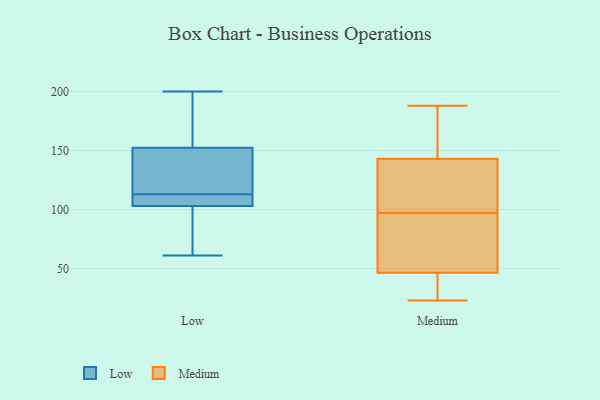
{"axis": {"x": "Website Visitors", "y": "Value"}, "legend": ["Low", "Medium"], "data": [{"x": "", "y": 137, "type": "Low"}, {"x": "", "y": 101, "type": "Low"}, {"x": "", "y": 113, "type": "Low"}, {"x": "", "y": 61, "type": "Low"}, {"x": "", "y": 93, "type": "Low"}, {"x": "", "y": 151, "type": "Low"}, {"x": "", "y": 153, "type": "Low"}, {"x": "", "y": 200, "type": "Low"}, {"x": "", "y": 109, "type": "Low"}, {"x": "", "y": 109, "type": "Low"}, {"x": "", "y": 156, "type": "Low"}, {"x": "", "y": 147, "type": "Medium"}, {"x": "", "y": 85, "type": "Medium"}, {"x": "", "y": 109, "type": "Medium"}, {"x": "", "y": 32, "type": "Medium"}, {"x": "", "y": 142, "type": "Medium"}, {"x": "", "y": 188, "type": "Medium"}, {"x": "", "y": 25, "type": "Medium"}, {"x": "", "y": 61, "type": "Medium"}, {"x": "", "y": 135, "type": "Medium"}, {"x": "", "y": 23, "type": "Medium"}, {"x": "", "y": 69, "type": "Medium"}, {"x": "", "y": 144, "type": "Medium"}]}